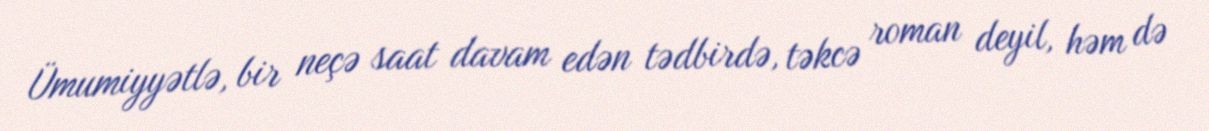
Ümumiyyətlə, bir neçə saat davam edən tədbirdə, təkcə roman deyil, həm də